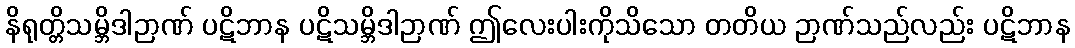
နိရုတ္တိသမ္ဘိဒါဉာဏ် ပဋိဘာန ပဋိသမ္ဘိဒါဉာဏ် ဤလေးပါးကိုသိသော တတိယ ဉာဏ်သည်လည်း ပဋိဘာန